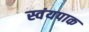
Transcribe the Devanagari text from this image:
स्वंयपाक